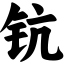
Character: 钪